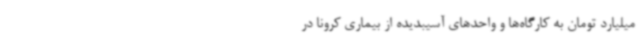
میلیارد تومان به کارگاه‌ها و واحدهای آسیبدیده‌ از بیماری کرونا در